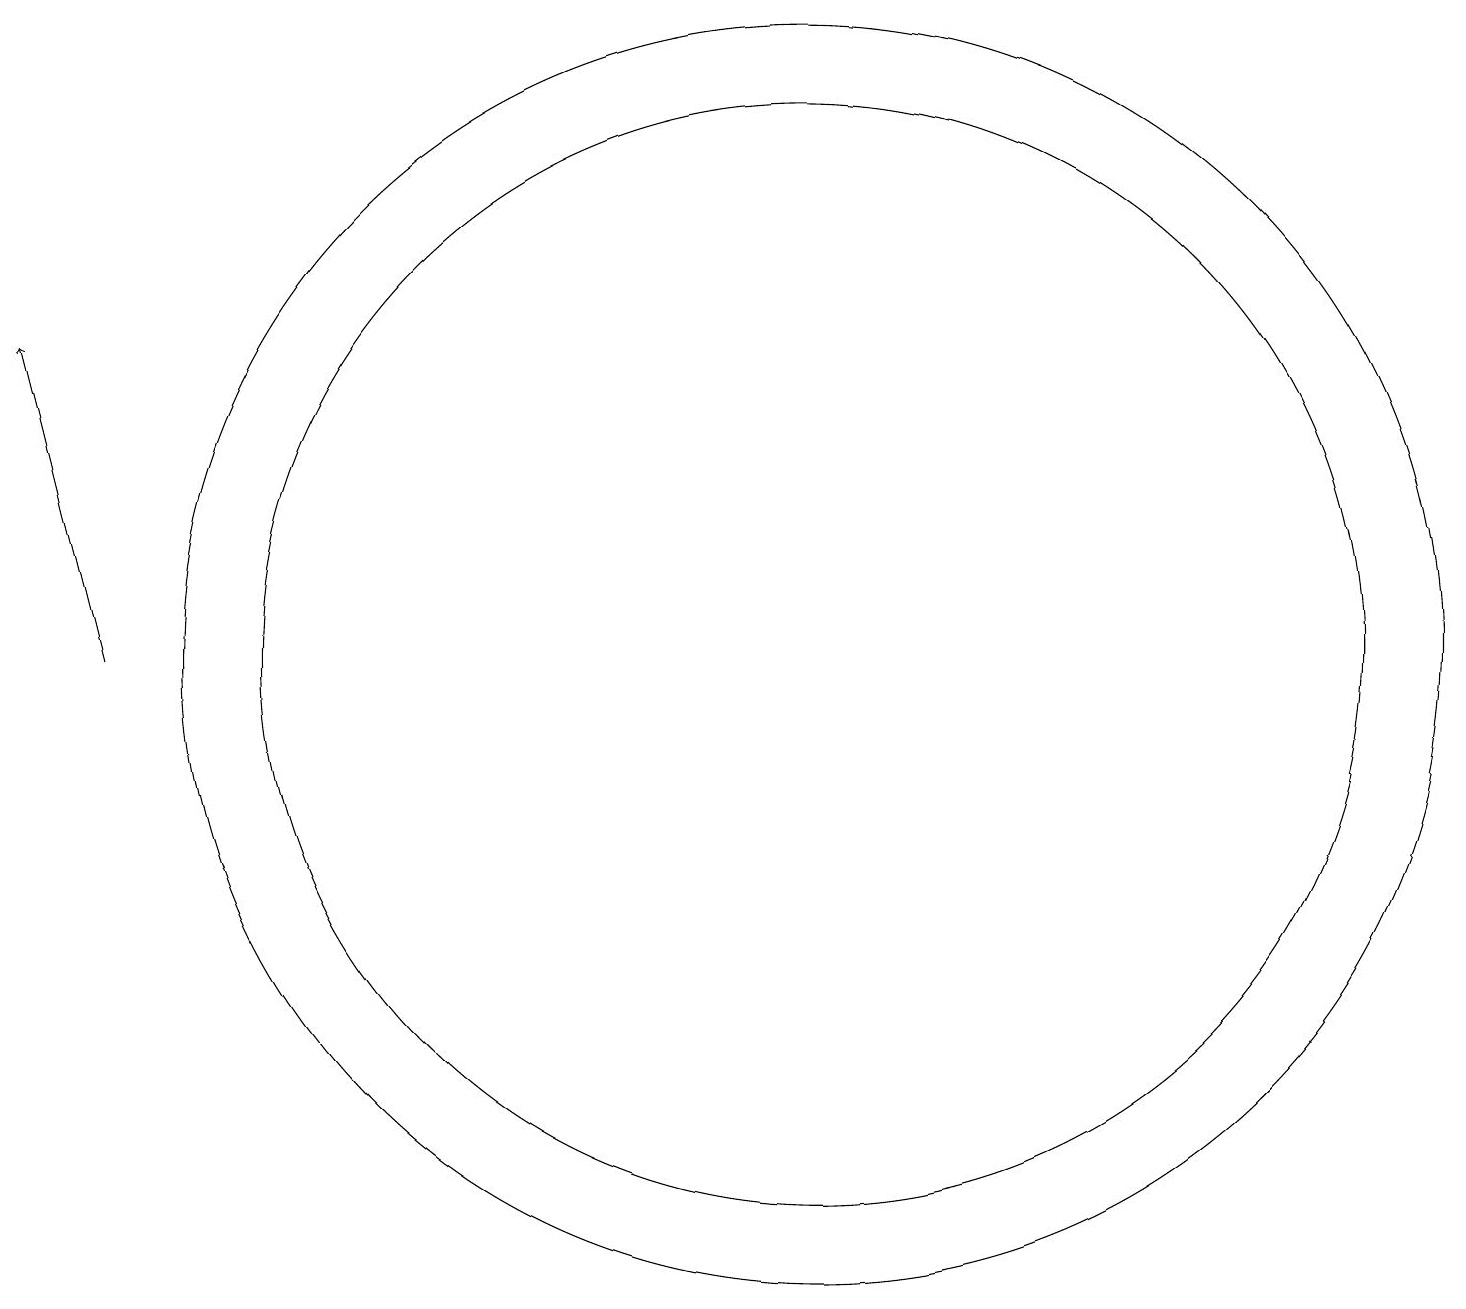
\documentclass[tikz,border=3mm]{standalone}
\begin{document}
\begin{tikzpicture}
\draw[->] (3,10) -- (2,14);
\draw (12,10) circle (7);
\draw (12,10) circle (8);
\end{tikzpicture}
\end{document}